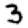
Digit: 3